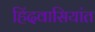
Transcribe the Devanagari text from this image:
हिंदवासियांत